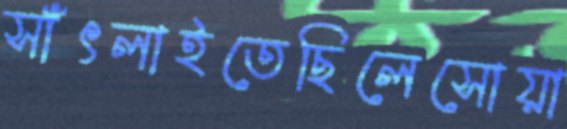
সাঁৎলাইতেছিলেসোয়া